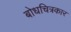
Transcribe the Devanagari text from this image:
बोधचित्रकार